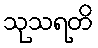
သုသရတိ